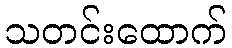
သတင်းထောက်